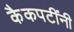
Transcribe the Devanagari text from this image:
कैकपटींनी